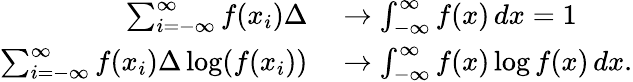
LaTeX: \begin{array}{rl}{\sum_{i=-\infty}^{\infty}f(x_{i})\Delta}&{{}\to\int_{-\infty}^{\infty}f(x)\, dx=1}\\ {\sum_{i=-\infty}^{\infty}f(x_{i})\Delta\log(f(x_{i}))}&{{}\to\int_{-\infty}^{\infty}f(x)\log f(x)\, dx.}\end{array}